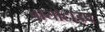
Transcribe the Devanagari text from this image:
बायोटाइप